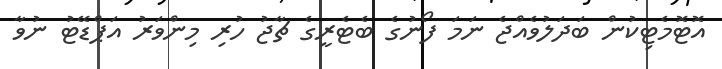
އޮޓޮމެޓިކުން ބަދަލުވެއްޖެ ނަމަ ފޯނުގެ ބެޓެރީގެ ޗާޖު ހުރި މިންވަރު އަޕްޑޭޓު ނުވާ